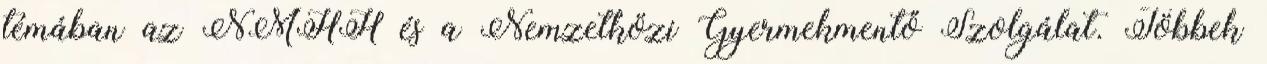
témában az NMHH és a Nemzetközi Gyermekmentő Szolgálat. Többek